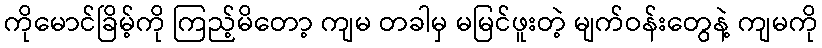
ကိုမောင်ခြိမ့်ကို ကြည့်မိတော့ ကျမ တခါမှ မမြင်ဖူးတဲ့ မျက်ဝန်းတွေနဲ့ ကျမကို